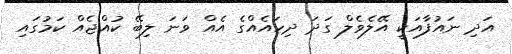
އަދި ނައުފާއަކީ އޭލެވެލް ގަދަ ދިހައެއްގެ އެއް ވަނަ ލިބޭ ކުއްޖެއް ކަމުގައި